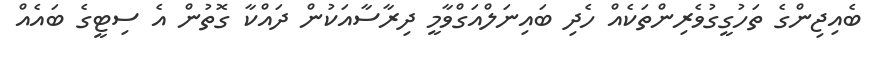
ބެއިޖިންގެ ތަހުގީގުވެރިންތަކެއް ހެދި ބައިނަލްއަގްވާމީ ދިރާސާއަކުން ދައްކާ ގޮތުން އެ ސިޓީގެ ބައެއް